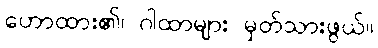
ဟောထား၏၊ ဂါထာများ မှတ်သားဖွယ်။